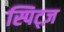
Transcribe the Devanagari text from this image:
स्पिट्ज़